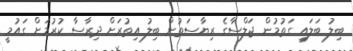
ބިލު ބަލައި ގަތުމުން ޖަލްސާގެ ރިޔާސަތުން ބިލު އިތުރަށް ދިރާސާ ކުރުމަށް ގައުމީ